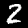
Digit: 2